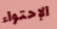
الإحتواء